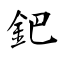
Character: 鈀